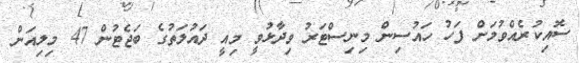
ސޮއިކުރެއްވުމަށް ފަހު ހައުސިން މިނިސްޓަރު ވިދާޅުވީ މިއީ ދައުލަތުގެ ބަޖެޓުން 47 މިލިއަން